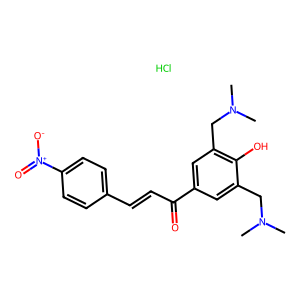
SMILES: CN(C)Cc1cc(C(=O)C=Cc2ccc([N+](=O)[O-])cc2)cc(CN(C)C)c1O.Cl
Inhibits HIV replication: No